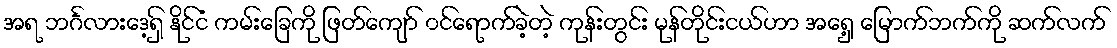
အရ ဘင်္ဂလားဒေ့ရှ် နိုင်ငံ ကမ်းခြေကို ဖြတ်ကျော် ၀င်ရောက်ခဲ့တဲ့ ကုန်းတွင်း မုန်တိုင်းငယ်ဟာ အရှေ့ မြောက်ဘက်ကို ဆက်လက်